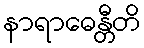
နာရာဓေန္တီတိ